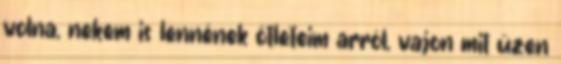
volna, nekem is lennének ötleteim arról, vajon mit üzen